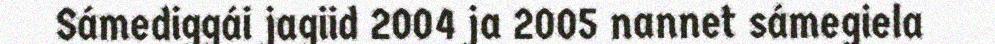
Sámediggái jagiid 2004 ja 2005 nannet sámegiela